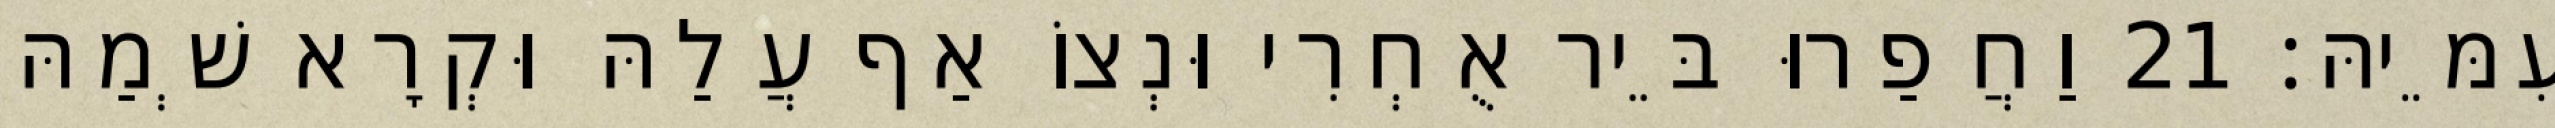
עִמֵּיהּ׃ 21 וַחֲפַרוּ בֵּיר אֻחְרִי וּנְצוֹ אַף עֲלַהּ וּקְרָא שְׁמַהּ